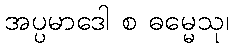
အပ္ပမာဒေါ စ ဓမ္မေသု၊